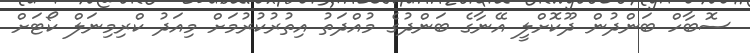
ސޮބާހް ބަންދުން ދޫކޮށްލީ އޭނާގެ ބަންދުގެ މުއްދަތު އިތުރުކުރުމަށް މިއަދު ކްރިމިނަލް ކޯޓަށް